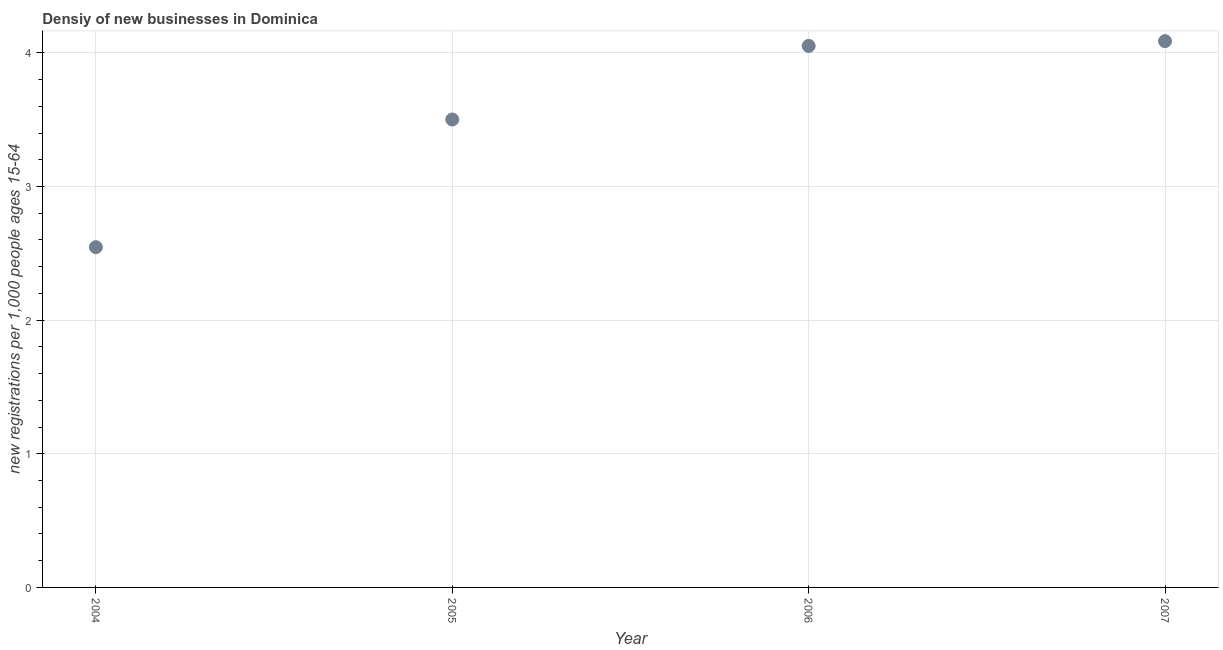
| Year | New business density |
 | --- | --- |
 | 2004 | 2.55 |
 | 2005 | 3.5 |
 | 2006 | 4.05 |
 | 2007 | 4.09 |